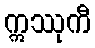
ဣဿုကီ